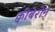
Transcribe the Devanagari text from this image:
क्वीबेरोन